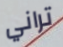
تراني